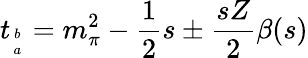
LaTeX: t_{b\atop a}=m_{\pi}^{2}-{\frac{1}{2}}s\pm{\frac{sZ}{2}}\beta(s)